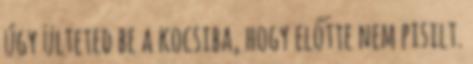
úgy ülteted be a kocsiba, hogy előtte nem pisilt.